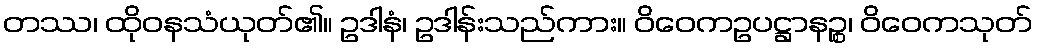
တဿ၊ ထိုဝနသံယုတ်၏။ ဥဒါနံ၊ ဥဒါန်းသည်ကား။ ဝိဝေကဥပဋ္ဌာနဉ္စ၊ ဝိဝေကသုတ်